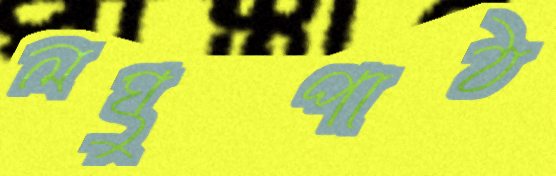
লঘুপাঠ